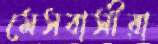
মেসবাসীরা